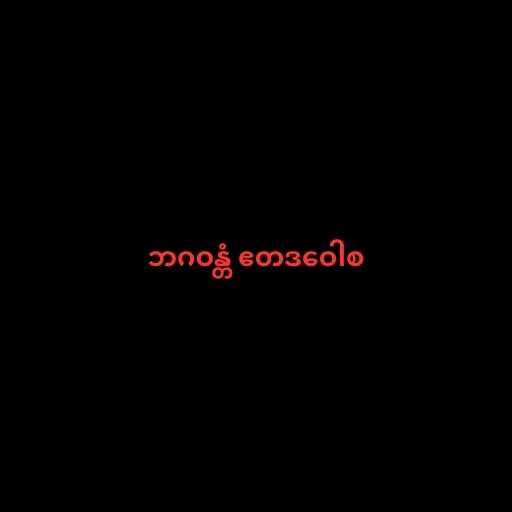
ဘဂဝန္တံ ဧတဒဝေါစ